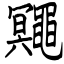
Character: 鼆